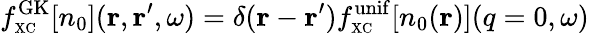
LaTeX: f_{\scriptscriptstyle\mathrm{XC}}^{\mathrm{GK}}[n_{0}]({\mathbf r},{\mathbf r}^{\prime},\omega)=\delta({\mathbf r}-{\mathbf r}^{\prime})f_{\scriptscriptstyle\mathrm{XC}}^{\mathrm{unif}}[n_{0}({\mathbf r})](q=0,\omega)